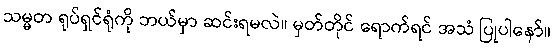
သမ္မတ ရုပ်ရှင်ရုံကို ဘယ်မှာ ဆင်းရမလဲ။ မှတ်တိုင် ရောက်ရင် အသံ ပြုပါနော်။